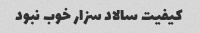
کیفیت سالاد سزار خوب نبود